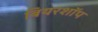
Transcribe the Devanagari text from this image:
बियरशॉप